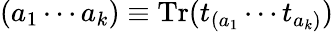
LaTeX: (a_{1}\cdots a_{k})\equiv\mathrm{Tr}(t_{(a_{1}}\cdots t_{a_{k})})